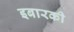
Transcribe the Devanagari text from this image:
इबारकी